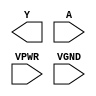
module sky130_fd_sc_hs__clkdlyinv5sd1 (
    Y   ,
    A   ,
    VPWR,
    VGND
);

    output Y   ;
    input  A   ;
    input  VPWR;
    input  VGND;
endmodule